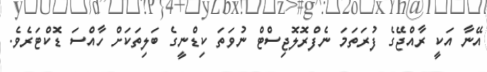
އޭނާ އަކީ ރާއްޖޭގެ ފުރަތަމަ ނެފްރޮލޮޖިސްޓް ނުވަތަ ކިޑްނީގެ ބަލިތަކަށް ހާއްސަ ޑޮކްޓަރެވެ.